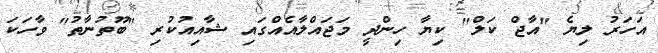
އަހަރު ލިޔެ "އާޖް ކަލް" ކިޔާ ހިންދީ މަޖައްލާއެއްގައި ޝާއިއުކުރި "ބޫތުނާތު" ވާހަކަ